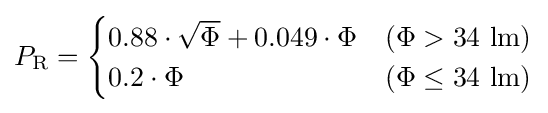
P_{\mathrm {R} }={\begin{cases}0.88\cdot {\sqrt {\Phi }}+0.049\cdot \Phi &(\Phi >34{\mbox{ lm}})\\0.2\cdot \Phi &(\Phi \leq 34{\mbox{ lm}})\end{cases}}